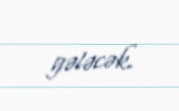
gələcək.